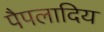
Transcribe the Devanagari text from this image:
पैपलादिय